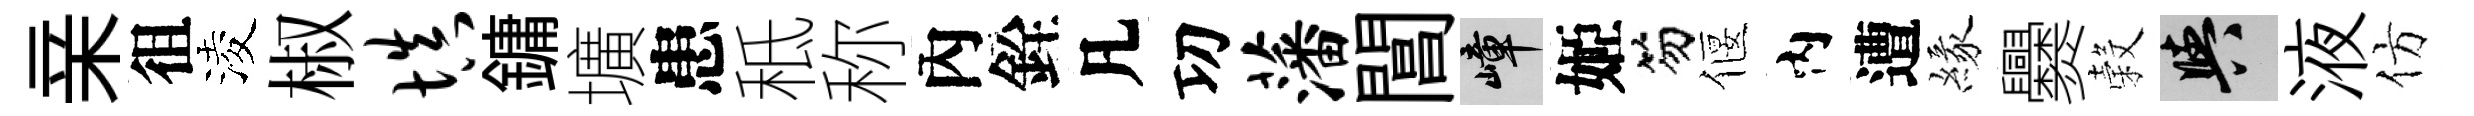
亲徂淩椒填鏞壙患秪称內銓凡㓛藩閶嶂姬笏偃内遭緣爨穀阳液仿